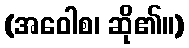
(အဝေါစ၊ ဆို၏။)